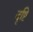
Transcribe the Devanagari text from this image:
दृष्टि